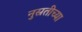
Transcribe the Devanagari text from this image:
नुस्रतीच्या